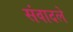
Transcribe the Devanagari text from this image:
संवादले